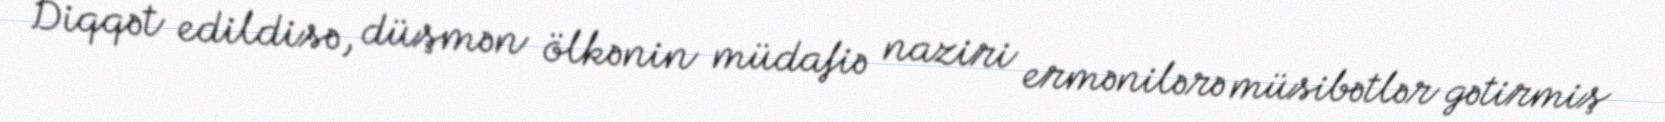
Diqqət edildisə, düşmən ölkənin müdafiə naziri ermənilərə müsibətlər gətirmiş